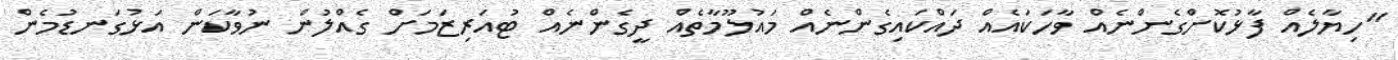
"ހިޔާލެއް ފާޅުކޮށްގެންނެއް ވާހަކައެއް ދައްކައިގެންނެއް މައުލޫމާތެއް ދީގެންނެއް ޓުއަރިޒަމަށް ގެއްލުން ނުވާކަން އަޅުގަނޑުމެން